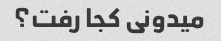
میدونی کجا رفت؟